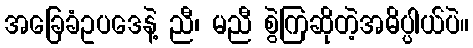
အခြေခံဥပဒေနဲ့ ညီ၊ မညီ စွဲကြဆိုတဲ့အဓိပ္ပါယ်ပဲ။